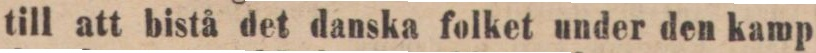
till att bistå det danska folket under den kamp